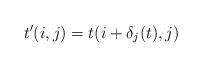
LaTeX: \begin{align*}t'(i,j)=t(i+\delta_j(t),j)\qquad\end{align*}